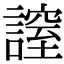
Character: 𧫡